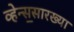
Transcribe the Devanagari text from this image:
व्हेन्स॒सारख्या